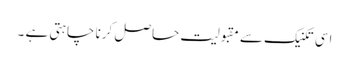
اسی تکنیک سے مقبولیت حاصل کرنا چاہتی ہے ۔